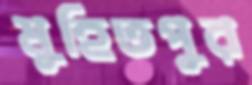
মুহিতপুর